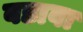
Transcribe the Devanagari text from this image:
बडावा